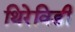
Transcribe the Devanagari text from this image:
थिरेविडी